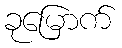
ခုမြောက်